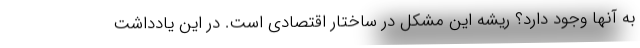
به آنها وجود دارد؟ ریشه این مشکل در ساختار اقتصادی است. در این یادداشت